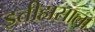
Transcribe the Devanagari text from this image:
इतीहासाला